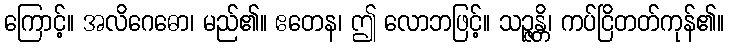
ကြောင့်။ အလိဂေဓော၊ မည်၏။ ဧတေန၊ ဤ လောဘဖြင့်။ သဉ္ဇန္တိ၊ ကပ်ငြိတတ်ကုန်၏။